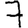
Digit: 7